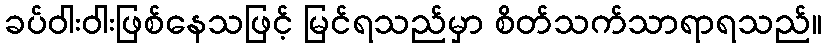
ခပ်ဝါးဝါးဖြစ်နေသဖြင့် မြင်ရသည်မှာ စိတ်သက်သာရာရသည်။